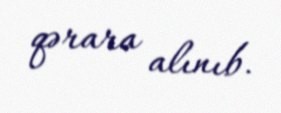
qərara alınıb.